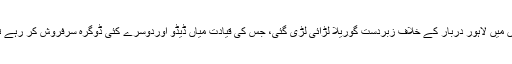
جموں میں لاہور دربار کے خلاف زبردست گوریلا لڑائی لڑی گئی، جس کی قیادت میاں ڈیڈو اوردوسرے کئی ڈوگرہ سرفروش کر رہے تھے۔